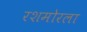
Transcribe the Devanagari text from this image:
रशमोरला